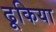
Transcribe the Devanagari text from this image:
ढूकिया